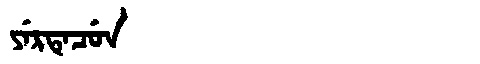
Manchu: ᠶᡝᡵᡨᡝᠴᡠᠨ
Romanization: YERTECUN